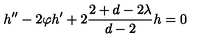
h ^ { \prime \prime } - 2 \varphi h ^ { \prime } + 2 \frac { 2 + d - 2 \lambda } { d - 2 } h = 0